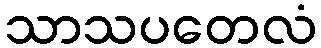
သာသပတေလံ